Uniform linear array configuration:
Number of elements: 48
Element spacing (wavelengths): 0.25
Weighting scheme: hamming
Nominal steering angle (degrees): -15
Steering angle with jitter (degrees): -15.784
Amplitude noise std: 0.05
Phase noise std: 0.05

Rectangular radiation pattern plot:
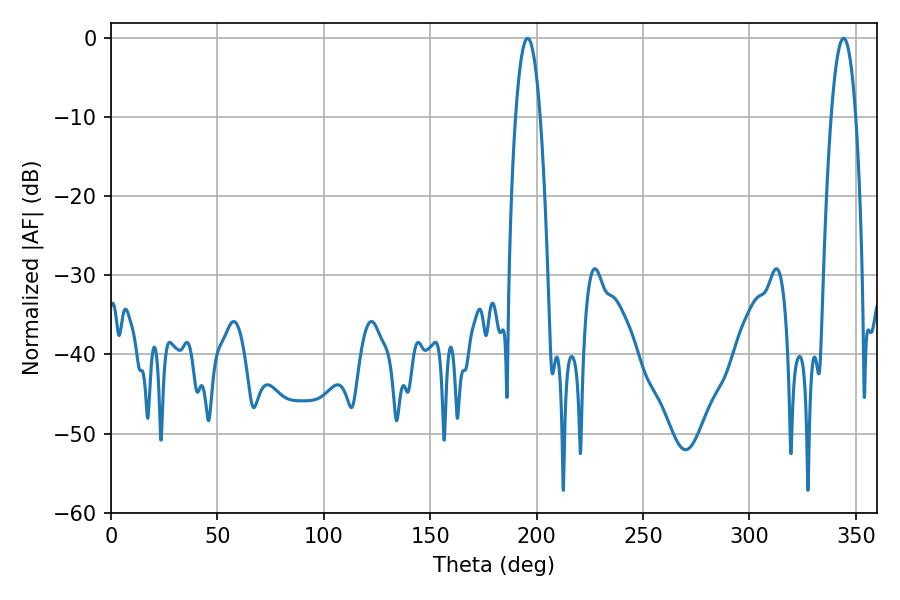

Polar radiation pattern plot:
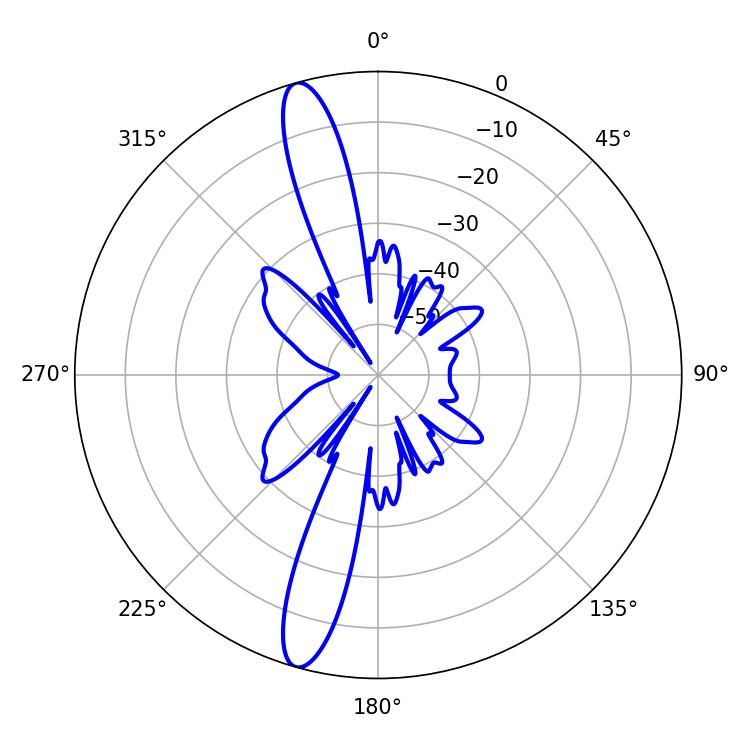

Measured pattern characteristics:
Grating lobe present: FALSE
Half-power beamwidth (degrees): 6.3
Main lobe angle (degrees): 195.84